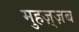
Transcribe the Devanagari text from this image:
मुहज़्ज़ब